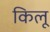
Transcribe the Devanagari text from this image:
किलू